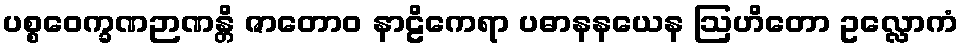
ပစ္စဝေက္ခဏဉာဏန္တိ ဇာတောဝ နာဠိကေရာ ပဓာနနယေန ဩဟိတော ဥလ္လောကံ